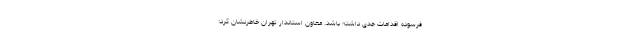
فرسوده اقدامات جدی داشته باشد. معاون استاندار تهران خاطرنشان کرد: